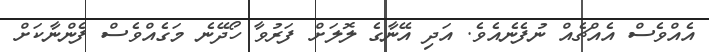
އެއްވެސް އެއްޗެއް ނުފެނެއެވެ. އަދި އޭނާގެ ލޮލަށް ފަރުވާ ހޯދޭނެ މަގެއްވެސް ފެންނާކަށް